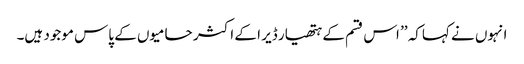
انہوں نے کہاکہ ’’ اس قسم کے ہتھیار ڈیر ا کے اکثر حامیوں کے پاس موجود ہیں۔